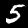
Label: 5